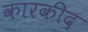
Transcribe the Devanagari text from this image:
कारकीद